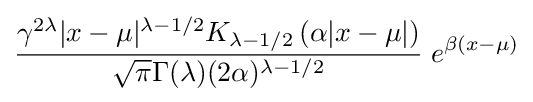
{\frac {\gamma ^{2\lambda }|x-\mu |^{\lambda -1/2}K_{\lambda -1/2}\left(\alpha |x-\mu |\right)}{{\sqrt {\pi }}\Gamma (\lambda )(2\alpha )^{\lambda -1/2}}}\;e^{\beta (x-\mu )}